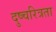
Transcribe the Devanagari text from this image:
दुष्चरित्रता